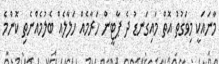
މާނައަކީ މިވަގުތު އޮތް މައިގަނޑު ދެ ޕާޓީން ހަރާމެއް ހަލާލެއް ބެލުމެއްނެތި ކޮންމެ